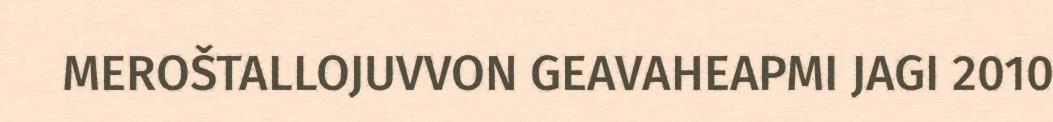
MEROŠTALLOJUVVON GEAVAHEAPMI JAGI 2010